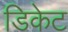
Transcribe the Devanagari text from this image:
डिकेट